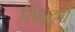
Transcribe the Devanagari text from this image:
सिंधूदूर्ग